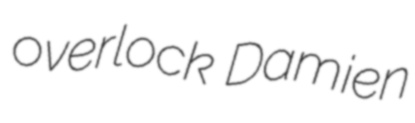
overlock Damien